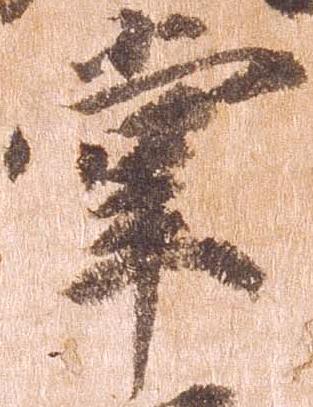
掌